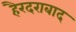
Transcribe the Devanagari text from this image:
हैरदराबाद